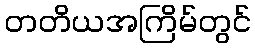
တတိယအကြိမ်တွင်